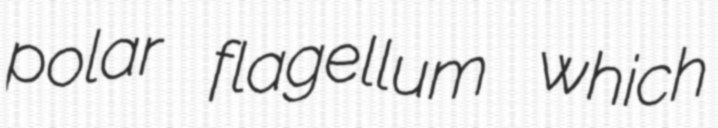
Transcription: polar flagellum which